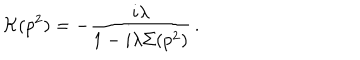
LaTeX: { \cal K } ( p ^ { 2 } ) = - \frac { i \lambda } { 1 - i \lambda \Sigma ( p ^ { 2 } ) } \, .